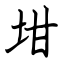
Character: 坩